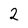
Character: 2